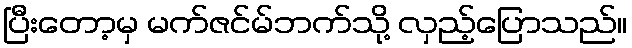
ပြီးတော့မှ မက်ဇင်မ်ဘက်သို့ လှည့်ပြောသည်။